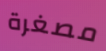
مصغرة